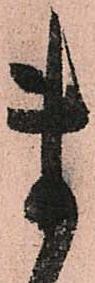
ま